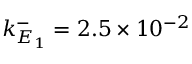
k _ { E _ { 1 } } ^ { - } = 2 . 5 \times 1 0 ^ { - 2 }